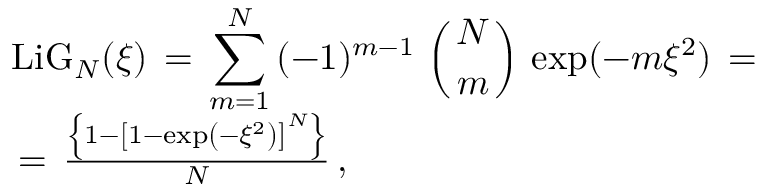
\begin{array} { l } { \displaystyle \mathrm { L i G } _ { N } ( \xi ) \, = \, \sum _ { m = 1 } ^ { N } \, ( - 1 ) ^ { m - 1 } \, \left( { { N } \atop { m } } \right) \, \exp ( - m \xi ^ { 2 } ) \, = \, } \\ { \, = \, \frac { \left\{ 1 - \left[ 1 - \exp \left( - \xi ^ { 2 } \right) \right] ^ { N } \right\} } N \, , } \end{array}